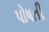
પોષતી